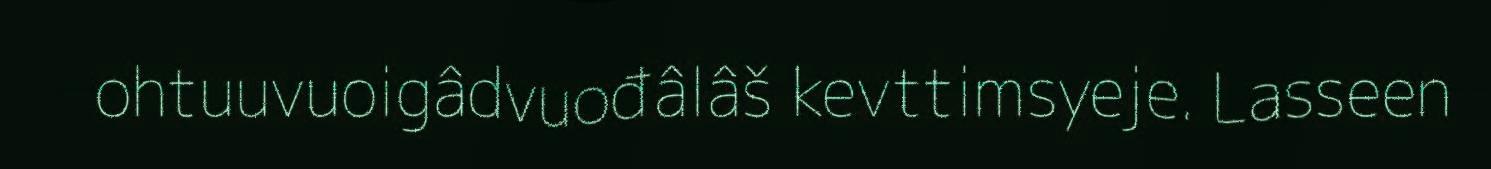
ohtuuvuoigâdvuođâlâš kevttimsyeje. Lasseen